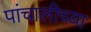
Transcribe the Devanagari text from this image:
पांचालीच्या